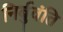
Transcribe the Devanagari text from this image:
निर्बुवंति